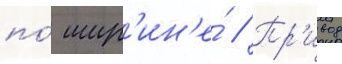
по́ шир'ин'е́ // Пр'ивод